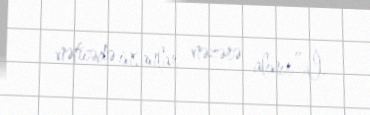
nəticədə insanlar nəzərə alınır”.İ.